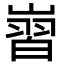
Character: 㠄